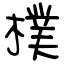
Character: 樸